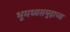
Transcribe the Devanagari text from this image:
भूमध्यसमुद्राच्या